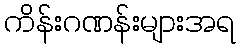
ကိန်းဂဏန်းများအရ